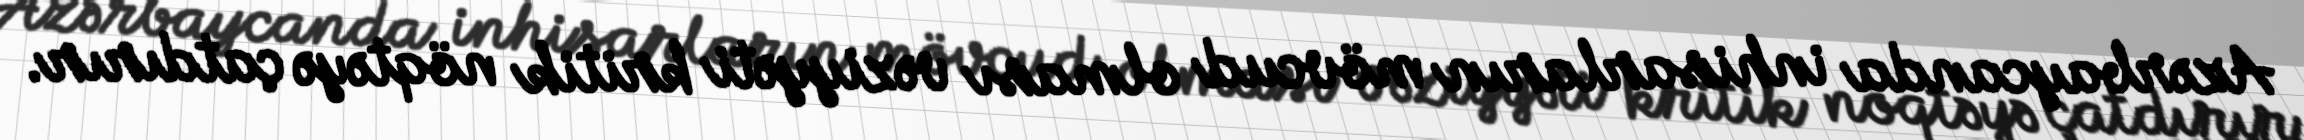
Azərbaycanda inhisarların mövcud olması vəziyyəti kritik nöqtəyə çatdırır.